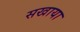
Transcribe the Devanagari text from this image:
सखाया